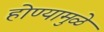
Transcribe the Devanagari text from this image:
होण्यामुळे